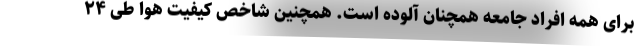
برای همه افراد جامعه همچنان آلوده است. همچنین شاخص کیفیت هوا طی ۲۴